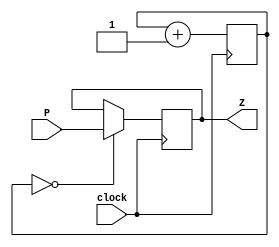
`timescale 1ns / 1ps
//////////////////////////////////////////////////////////////////////////////////
// Company: 
// Engineer: 
// 
// Design Name: 
// Module Name: Deboucer
// Project Name: 
// Target Devices: 
// Tool Versions: 
// Description: 
// 
// Dependencies: 
// 
// Revision:
// Revision 0.01 - File Created
// Additional Comments:
// 
//////////////////////////////////////////////////////////////////////////////////


module Deboucer(
    input wire P,
    input wire clock,
    output reg Z
    );
    reg [20:0] count;
    always @(posedge clock) begin
        count <= count + 1;
        if(count == 0) begin
            Z <= P;
        end
    end
endmodule